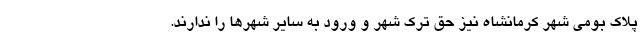
پلاک بومی شهر کرمانشاه نیز حق ترک شهر و ورود به سایر شهر‌ها را ندارند.